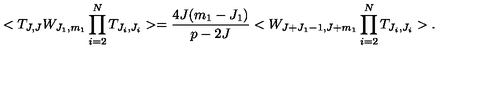
< T _ { J , J } W _ { J _ { 1 } , m _ { 1 } } \prod _ { i = 2 } ^ { N } T _ { J _ { i } , J _ { i } } > = \frac { 4 J ( m _ { 1 } - J _ { 1 } ) } { p - 2 J } < W _ { J + J _ { 1 } - 1 , J + m _ { 1 } } \prod _ { i = 2 } ^ { N } T _ { J _ { i } , J _ { i } } > .